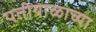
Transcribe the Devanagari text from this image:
पतीयाळाच्या